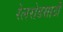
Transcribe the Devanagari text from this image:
रेलरोडसाठी